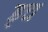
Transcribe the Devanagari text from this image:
ड्च